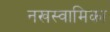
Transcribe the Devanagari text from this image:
नखस्वामिका